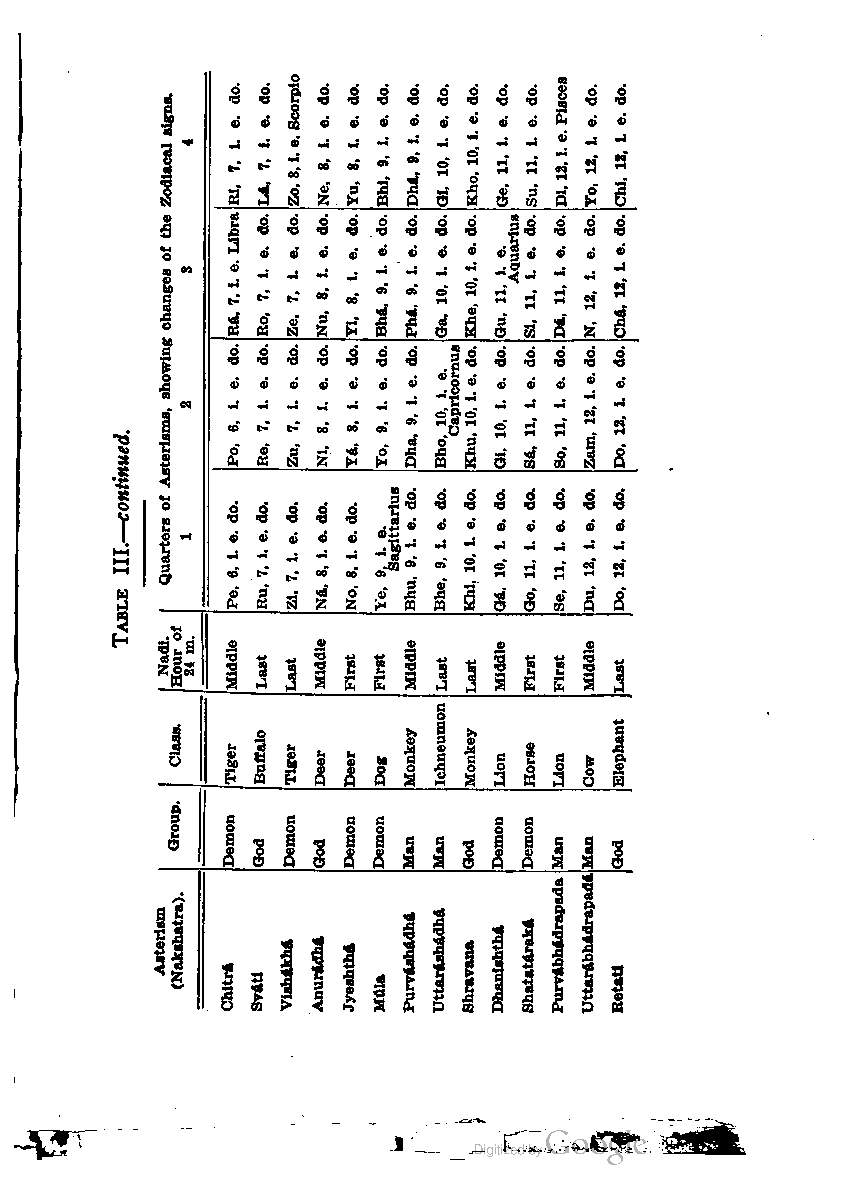
SZ8iceoor.,.p,io  1DiPies2i.c.e,,s
 LR7deoi,.., L71deoa.,.., dN8Leoe,.., Y8ideou.,.., dB9ieho.l,.., D91dheof.,..t, G1Ideoi0..,, dK11eho0.o..,, G11deoe1...,, S1ideou1...,, Y1ideoo2...,, C11deho2.i..,,
 QoAscotusZshhtoaoeidarhrifwgntfiaisegncemnraesslsg,s.
 1342
 R7iLieAb.,r..a R7ideoo.,.., Z7ideeo.,.., N8ideou.,.., Y8ideoi.,.., B91deho.A,.., dP9ieho.A,.., dG1ieoa0...,, K1ideho0.e..,, AquariusSd11eoi1...,, D1ideoa1...,, d1iNeo2.,.., C1dIheo2f..t.,,
 G1ieu1..,,
 P61deoo.,.., R7ideoe.,.., Z1d7eou.,.., N1d8eoi.,.., Yd8ieAo.,.., dT9ieoo.,.., D91dheoa.,.., CapricornusK1ideho0.u..,, G1ideoi0...,, Sid1eoa1...,, dS1ieoo1...,, Z1ideao2.m..,, 1dD1eo2o...,,
 B1ieh0.o.,,
 cTIonaItbinIl—uee.d.
 SagittariusB91deho.u,.., BL9dehoe,.., K11deho0.l..,, dG11eoA0...,, Gd11eoo1...,, dS1ieoe1...,, dD11eou2...,, 1dIDeo2o...,,
 6Pideoe.,.., dR7ieou.,.., dZ7Leoi,... N8ideoA.,.., dN81eoo.,..,
 Y9iee.,.,
 Hooufr
 Nadl. 2m4. Middle Last Last Middle First First Middle Last Last Middle First First Middle Last
 Ichneumon
 Elephant
 Class. Buffalo  Monkey Monkey
 Tiger Tiger         Horse
 Deer Deer Dog Lion Lion Cow-
 Group.
 Demon Demon Demon Demon Demon Demon
 God God   Man Man God Man Man God
 Purvabhadrapada UttarAbhadrapada
 Asterisra (Nakshatra). Uttarishadha
 Purv&sh&dh& ShatatarakA
 Viahakha AnuridbA Jyeshthi Shravana Dhanishth*
 Chitra                   Retatl
 SvAU    Mala